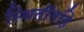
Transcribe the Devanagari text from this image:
स्थितींतहि